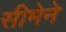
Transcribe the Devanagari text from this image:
सीमेने